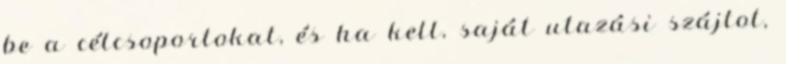
be a célcsoportokat, és ha kell, saját utazási szájtot,